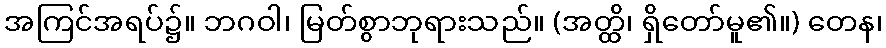
အကြင်အရပ်၌။ ဘဂဝါ၊ မြတ်စွာဘုရားသည်။ (အတ္ထိ၊ ရှိတော်မူ၏။) တေန၊